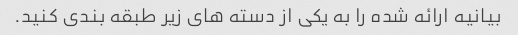
بیانیه ارائه شده را به یکی از دسته های زیر طبقه بندی کنید.